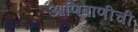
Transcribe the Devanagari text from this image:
आणिबाणीची